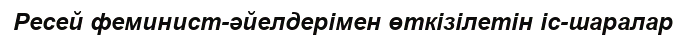
Ресей феминист-әйелдерімен өткізілетін іс-шаралар